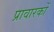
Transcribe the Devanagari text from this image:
प्रावारकों